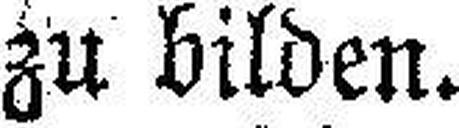
zu bilden.